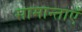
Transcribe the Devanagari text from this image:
सामान्ताएँ